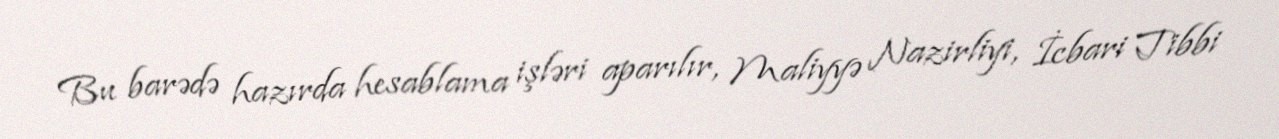
Bu barədə hazırda hesablama işləri aparılır, Maliyyə Nazirliyi, İcbari Tibbi